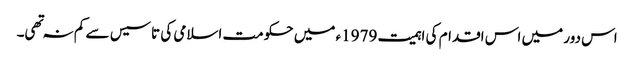
اس دور میں اس اقدام کی اہمیت 1979ء میں حکومت اسلامی کی تاسیس سے کم نہ تهی۔